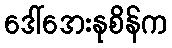
ဒေါ်အေးနုစိန်က